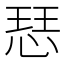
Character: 𢜈